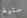
ستيغ